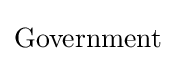
{\text{Government}}